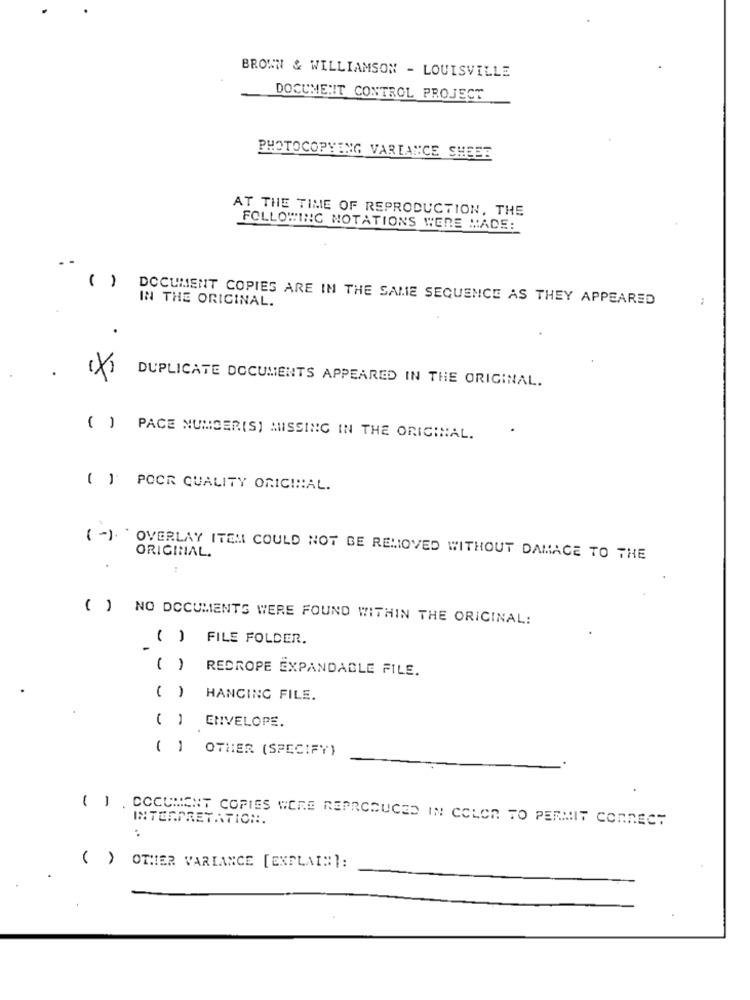
BROWN & WILLIAMSON - LOUISVILLE
DOCUMENT CONTROL PROJECT
PHOTOCOPYING VARIANCE SHEEE
AT THE TIME OF REPRODUCTION, THE
FOLLOWING NOTATIONS WERE MADE:
()
DOCUMENT COPIES ARE IN THE SAME SEQUENCE AS THEY APPEARED
IN THE ORIGINAL.
.
X
DUPLICATE DOCUMENTS APPEARED IN THE ORIGINAL.
() PACE NUMBER(S) MISSING IN THE ORIGINAL.
( ] POOR QUALITY ORIGINAL.
ORIGINAL.
(-)' OVERLAY ITEM COULD NOT BE REMOVED WITHOUT DAMAGE TO THE
( ) NO DOCUMENTS WERE FOUND WITHIN THE ORIGINAL:
() FILE FOLDER.
( ) REDROPE EXPANDABLE FILE.
()
HANGING FILE.
( )
ENVELOPE.
( ) OTHER (SPECIFY)
( ) . DOCUMENT COPIES WERE REPRODUCED IN COLOR TO PERMIT CONNECT
INTERPRETATION.
( ) OTHER VARIANCE [EXPLAIN:]: